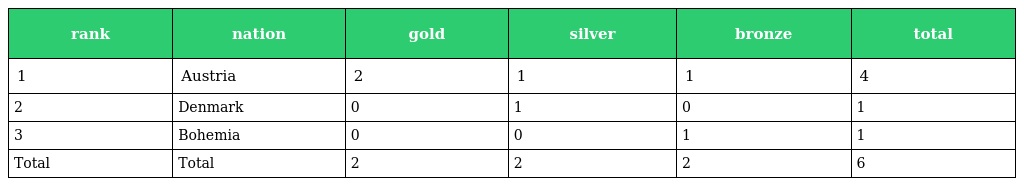
| rank | nation | gold | silver | bronze | total |
 | --- | --- | --- | --- | --- | --- |
 | 1 | Austria | 2 | 1 | 1 | 4 |
 | 2 | Denmark | 0 | 1 | 0 | 1 |
 | 3 | Bohemia | 0 | 0 | 1 | 1 |
 | Total | Total | 2 | 2 | 2 | 6 |